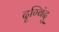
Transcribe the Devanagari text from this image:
दृग्बिंदु